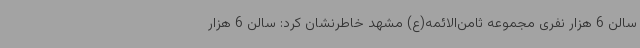
سالن 6 هزار نفری مجموعه ثامن‌الائمه(ع) مشهد خاطرنشان کرد: سالن 6 هزار